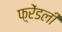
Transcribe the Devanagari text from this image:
फ़्रेंडली